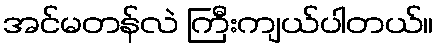
အင်မတန်လဲ ကြီးကျယ်ပါတယ်။